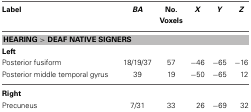
| Label | BA | No. Voxels | X | Y | Z |
 | --- | --- | --- | --- | --- | --- |
 | <COLSPAN=6> HEARING > DEAF NATIVE SIGNERS |
 | <COLSPAN=6> Left |
 | Posterior fusiform | 18/19/37 | 57 | −46 | −65 | −16 |
 | Posterior middle temporal gyrus | 39 | 19 | −50 | −65 | 12 |
 | <COLSPAN=6> Right |
 | Precuneus | 7/31 | 33 | 26 | −69 | 32 |